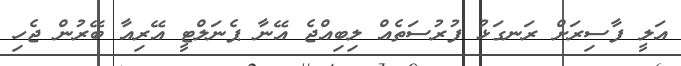
އަލީ ފާސިރަށް ރަނގަޅު ފުރުސަތެއް ލިބިއްޖެ އޭނާ ޕެނަލްޓީ އޭރިއާ ބޭރުން ޖެހި